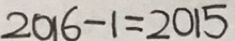
2 0 1 6 - 1 = 2 0 1 5